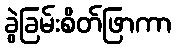
ခွဲခြမ်းစိတ်ဖြာကာ